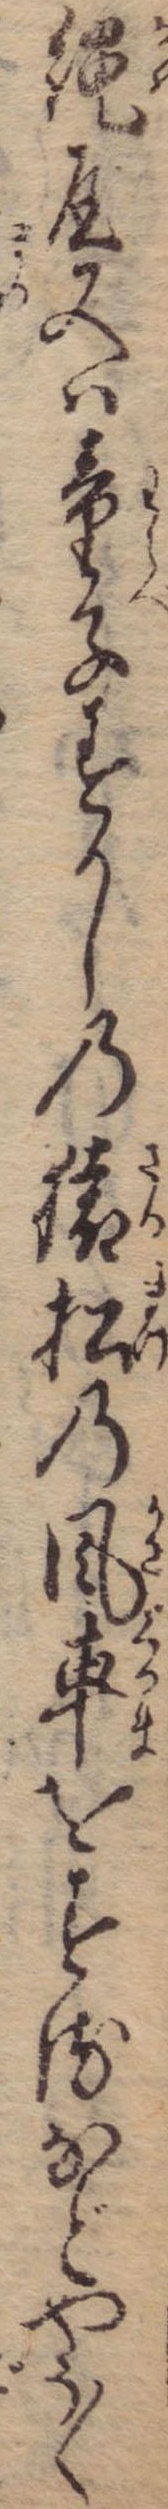
縄屋又は童子すかしの猿松の風車をするなどやう〱